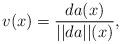
LaTeX: \begin{align*}v (x) = {da (x)\over ||da||(x)},\end{align*}